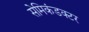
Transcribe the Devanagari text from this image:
सेमिकंडक्टर